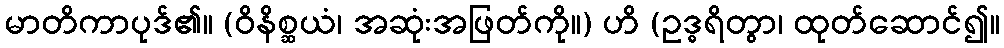
မာတိကာပုဒ်၏။ (ဝိနိစ္ဆယံ၊ အဆုံးအဖြတ်ကို။) ဟိ (ဥဒ္ဓရိတွာ၊ ထုတ်ဆောင်၍။